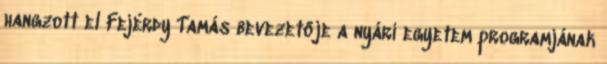
hangzott el Fejérdy Tamás bevezetője a nyári egyetem programjának